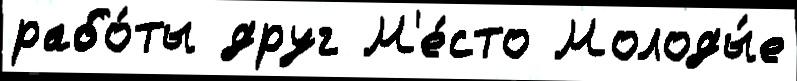
рабо́ты друг М'е́сто Молоды́е